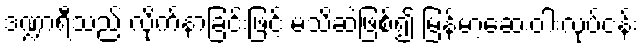
ဒဏ္ဍာရီသည် လိုက်နာခြင်းဖြင့် မသိဆဲဖြစ်၍ မြန်မာ့ဆေးဝါးလုပ်ငန်း